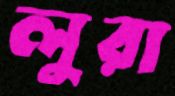
লুরা